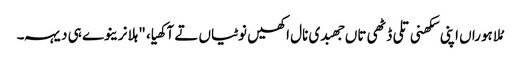
مُلا ہوراں اپنی سکھنی تلی ڈٹھی تاں جھبدی نال اکھیں نوٹیاں تے آکھیا، "ہلا نرینوے ہی دیہہ۔